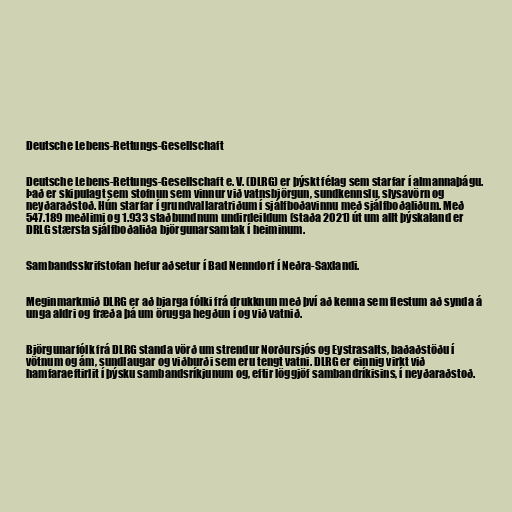
Deutsche Lebens-Rettungs-Gesellschaft

Deutsche Lebens-Rettungs-Gesellschaft e. V. (DLRG) er þýskt félag sem starfar í almannaþágu.
Það er skipulagt sem stofnun sem vinnur við vatnsbjörgun, sundkennslu, slysavörn og
neyðaraðstoð. Hún starfar í grundvallaratriðum í sjálfboðavinnu með sjálfboðaliðum. Með
547.189 meðlimi og 1.933 staðbundnum undirdeildum (staða 2021) út um allt þýskaland er
DRLG stærsta sjálfboðaliða björgunarsamtak í heiminum.

Sambandsskrifstofan hefur aðsetur í Bad Nenndorf í Neðra-Saxlandi.

Meginmarkmið DLRG er að bjarga fólki frá drukknun með því að kenna sem flestum að synda á
unga aldri og fræða þá um örugga hegðun í og ​​við vatnið.

Björgunarfólk frá DLRG standa vörð um strendur Norðursjós og Eystrasalts, baðaðstöðu í
vötnum og ám, sundlaugar og viðburði sem eru tengt vatni. DLRG er einnig virkt við
hamfaraeftirlit í þýsku sambandsríkjunum og, eftir löggjöf sambandríkisins, í neyðaraðstoð.